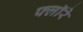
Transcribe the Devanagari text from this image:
फ्लॉरे